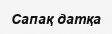
Сапақ датқа